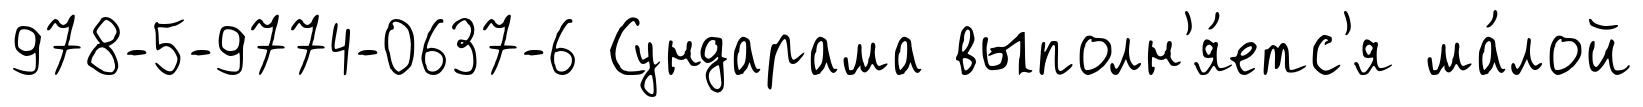
978-5-9774-0637-6 Сундарама выполн'я́етс'я ма́лой